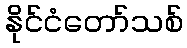
နိုင်ငံတော်သစ်